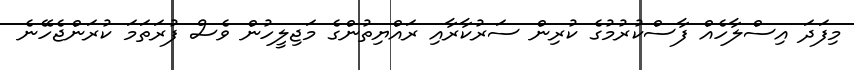
މިފަދަ އިސްލާހެއް ފާސްކުރުމުގެ ކުރިން ސަރުކާރާއި ރައްޔިތުންގެ މަޖިލީހުން ވެސް ފުރަތަމަ ކުރަންޖެހޭނެ